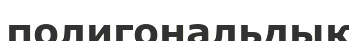
полигональдық